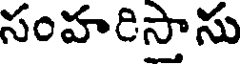
సంహరిస్తాసు